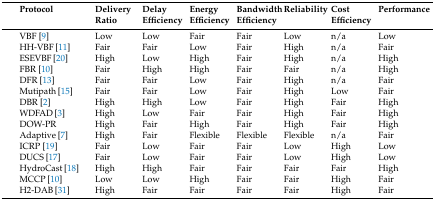
<table><thead><tr><td><b>Protocol</b></td><td><b>Delivery Ratio</b></td><td><b>Delay Efficiency</b></td><td><b>Energy Efficiency</b></td><td><b>Bandwidth Efficiency</b></td><td><b>Reliability</b></td><td><b>Cost Efficiency</b></td><td><b>Performance</b></td></tr></thead><tbody><tr><td>VBF [9]</td><td>Low</td><td>Low</td><td>Fair</td><td>Fair</td><td>Low</td><td>n/a</td><td>Low</td></tr><tr><td>HH-VBF [11]</td><td>Fair</td><td>Fair</td><td>Low</td><td>Fair</td><td>High</td><td>n/a</td><td>Fair</td></tr><tr><td>ESEVBF [20]</td><td>High</td><td>Low</td><td>High</td><td>Fair</td><td>High</td><td>n/a</td><td>High</td></tr><tr><td>FBR [10]</td><td>Fair</td><td>High</td><td>High</td><td>Fair</td><td>Fair</td><td>n/a</td><td>High</td></tr><tr><td>DFR [13]</td><td>Fair</td><td>Fair</td><td>Low</td><td>Fair</td><td>High</td><td>n/a</td><td>Fair</td></tr><tr><td>Mutipath [15]</td><td>Fair</td><td>Fair</td><td>Low</td><td>Fair</td><td>High</td><td>Low</td><td>Fair</td></tr><tr><td>DBR [2]</td><td>High</td><td>High</td><td>Low</td><td>Fair</td><td>High</td><td>Fair</td><td>High</td></tr><tr><td>WDFAD [3]</td><td>High</td><td>Low</td><td>Fair</td><td>Fair</td><td>High</td><td>Fair</td><td>High</td></tr><tr><td>DOW-PR</td><td>High</td><td>Fair</td><td>High</td><td>Fair</td><td>High</td><td>Fair</td><td>High</td></tr><tr><td>Adaptive [7]</td><td>High</td><td>Fair</td><td>Flexible</td><td>Flexible</td><td>Flexible</td><td>n/a</td><td>Fair</td></tr><tr><td>ICRP [19]</td><td>Fair</td><td>Low</td><td>Fair</td><td>Fair</td><td>Low</td><td>High</td><td>Low</td></tr><tr><td>DUCS [17]</td><td>Fair</td><td>Low</td><td>Fair</td><td>Fair</td><td>Low</td><td>High</td><td>Low</td></tr><tr><td>HydroCast [18]</td><td>High</td><td>High</td><td>Fair</td><td>Fair</td><td>Fair</td><td>Fair</td><td>High</td></tr><tr><td>MCCP [10]</td><td>Low</td><td>Low</td><td>High</td><td>Fair</td><td>Fair</td><td>High</td><td>Fair</td></tr><tr><td>H2-DAB [31]</td><td>High</td><td>Fair</td><td>Fair</td><td>Fair</td><td>Fair</td><td>High</td><td>Fair</td></tr></tbody></table>